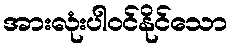
အားလုံးပါဝင်နိုင်သော